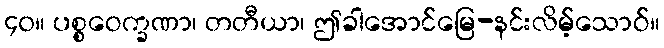
၄၀။ ပစ္စဝေက္ခဏာ၊ တတီယာ၊ ဤခါအောင်မြေ-နင်းလိမ့်သောဝ်။